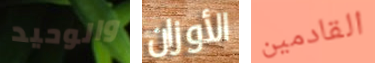
والوحيد الأوزان القادمين